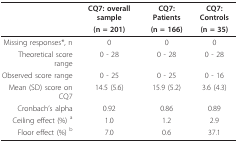
<table><thead><tr><td></td><td><b>CQ7: overall sample</b></td><td><b>CQ7: Patients</b></td><td><b>CQ7: Controls</b></td></tr><tr><td></td><td><b>(n = 201)</b></td><td><b>(n = 166)</b></td><td><b>(n = 35)</b></td></tr></thead><tbody><tr><td>Missing responses*, n</td><td>0</td><td>0</td><td>0</td></tr><tr><td>Theoretical score range</td><td>0 - 28</td><td>0 - 28</td><td>0 - 28</td></tr><tr><td>Observed score range</td><td>0 - 25</td><td>0 - 25</td><td>0 - 16</td></tr><tr><td>Mean (SD) score on CQ7</td><td>14.5 (5.6)</td><td>15.9 (5.2)</td><td>3.6 (4.3)</td></tr><tr><td>Cronbach&#x27;s alpha</td><td>0.92</td><td>0.86</td><td>0.89</td></tr><tr><td>Ceiling effect (%) <sup>a</sup></td><td>1.0</td><td>1.2</td><td>2.9</td></tr><tr><td>Floor effect (%) <sup>b</sup></td><td>7.0</td><td>0.6</td><td>37.1</td></tr></tbody></table>